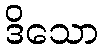
ဒိသော